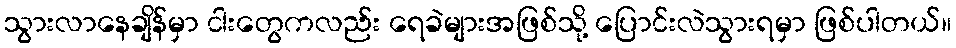
သွားလာနေချိန်မှာ ငါးတွေကလည်း ရေခဲများအဖြစ်သို့ ပြောင်းလဲသွားရမှာ ဖြစ်ပါတယ်။